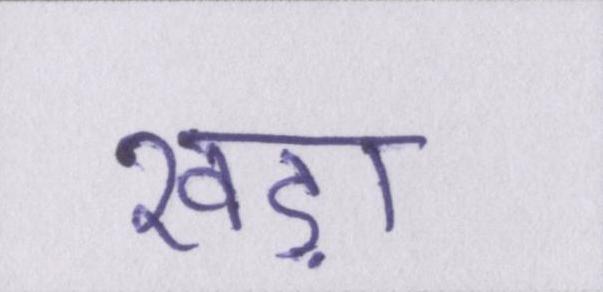
खड़ा